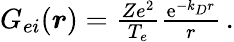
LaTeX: \begin{array}{r}{G_{ei}(\boldsymbol{r})=\frac{Ze^{2}}{T_{e}}\frac{\mathrm{e}^{-k_{D}r}}{r}\, .}\end{array}